Insane asylums in Bengal annual reports 1867-1875 - 1867-1875
Year: 1867
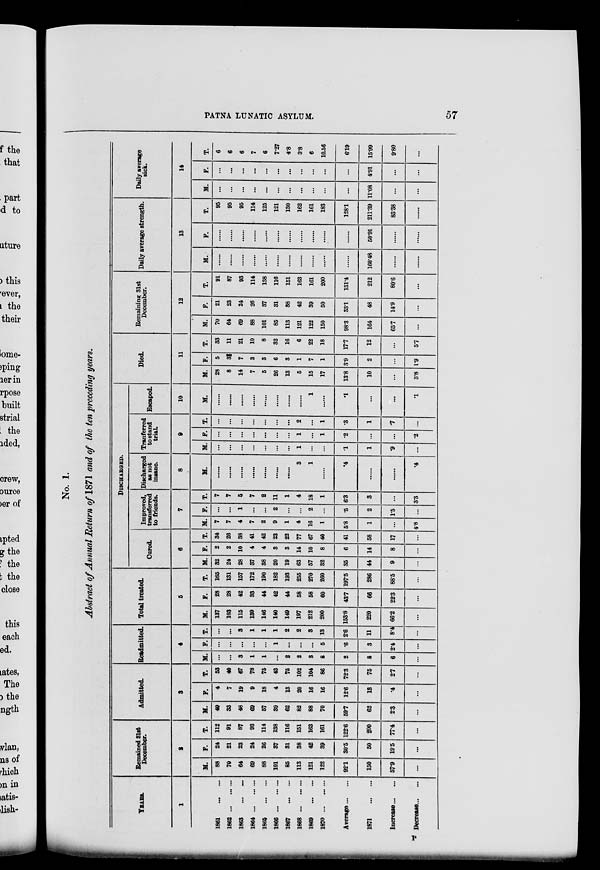
PATNA LUNATIC ASYLUM.
57
No. 1.
Abstract of Annual Return of 1871 and of the ten preceding years.
YEARS.
1
1861 ... ...
1862 ...
... ...
1863 ... ...
1864 ... ... ...
1865 ... ... ...
1866 ...
... ...
1867 ... ... ...
1868 ...
... ...
1869
...
...
1870 ... ... ...
Average ... ...
1871 ... ...
Increase ... ...
Decrease ... ...
Remained 31st
December.
2
M.
88
70
64
69
88
101
85
113
121
122
92.1
150
57.9
...
F.
24
21
23
24
26
37
31
38
42
39
30.5
50
19.5
...
T.
112
91
87
93
114
138
116
151
163
161
122.6
200
77.4
...
Admitted.
3
M.
49
33
48
69
57
39
62
82
88
70
59.7
62
2.3
...
F.
4
7
19
9
18
4
13
20
16
16
12.6
13
.4
...
T.
53
40
67
78
75
43
75
102
104
86
72.3
75
2.7
...
Readmitted.
4
M.
...
...
3
1
1
...
2
2
3
8
2
8
6
...
F.
...
...
...
...
...
1
...
...
...
5
.6
3
2.4
...
T.
...
...
3
1
1
1
2
2
3
13
2.6
11
8.4
...
Total treated.
5
M.
137
103
115
139
146
140
149
197
212
200
153.8
220
66.2
...
F.
28
28
42
33
44
42
44
58
58
60
43.7
66
22.3
...
T.
165
131
157
172
190
182
193
255
270
260
197.5
286
88.5
...
DISCHARGED.
Cured.
6
M.
32
24
28
37
38
20
19
63
57
32
35
44
9
...
F.
2
2
10
4
4
3
3
14
10
8
6
14
8
...
T.
34
26
38
41
42
23
22
77
67
40
41
58
17
...
Improved,
transferred
to friends.
7
M.
7
7
4
7
2
9
1
4
16
1
5.8
1
...
4.8
F.
...
...
1
...
...
2
...
...
2
...
.5
2
1.5
...
T.
7
7
5
7
2
11
1
4
18
1
6.3
3
...
3.3
Discharged
as not
insane.
8
M.
......
......
......
......
......
......
......
3
1
......
.4
......
......
.4
Tranferred
to stand
trial
9
M.
...
...
...
...
...
...
...
1
...
...
.1
1
.9
...
F.
...
...
...
...
...
...
...
1
...
1
.2
...
...
.2
T.
...
...
...
...
...
...
...
2
...
1
.3
1
.7
...
Escaped.
10
M.
......
......
......
......
......
......
......
......
1
......
.1
...
...
.1
Died.
11
M.
28
8
14
7
5
26
13
5
15
17
13.8
10
...
3.8
F.
5
3½
7
3
3
6
3
1
7
1
3.9
2
...
1.9
T.
33
11
21
10
8
32
16
6
22
18
17.7
12
...
5.7
Remaining 31st
December.
12
M.
70
64
69
88
101
85
113
121
122
150
98.3
164
65.7
...
F.
21
23
24
26
37
31
38
42
39
50
33.1
48
14.9
...
T.
91
87
93
114
138
116
151
163
161
200
131.4
212
80.6
...
Daily average strength.
13
M.
......
......
......
......
......
......
......
......
......
......
......
160.48
......
......
F.
......
......
......
......
......
......
......
......
......
......
......
50.91
......
......
T.
95
95
95
114
125
121
130
162
161
183
128.1
211.39
83.38
......
Daily average
sick.
14
M.
...
...
...
...
...
...
...
...
...
...
...
11.08
...
...
F.
...
...
...
...
...
...
...
...
...
...
...
4.91
...
...
T.
6
6
6
7
6
7.27
4.8
3.8
6
10.56
6.19
15.99
9.80
...
P